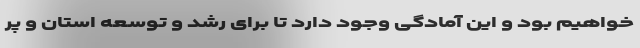
خواهیم بود و این آمادگی وجود دارد تا برای رشد و توسعه‌ استان و پر